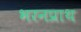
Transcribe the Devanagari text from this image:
भरनप्राथ